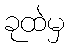
ခုထဲမှ